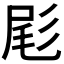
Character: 𫵞